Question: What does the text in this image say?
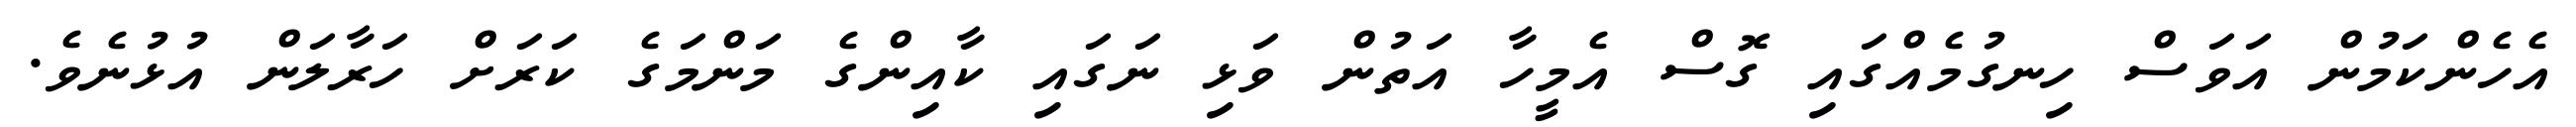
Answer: އެހެންކަމުން އަވަސް ހިނގުމެއްގައި ގޮސް އެމީހާ އަތުން ވަޅި ނަގައި ކާއިންގެ މަންމަގެ ކަރަށް ހަރާލަން އުޅުނެވެ.